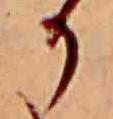
か